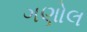
ગણોલ